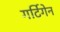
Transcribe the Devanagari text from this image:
गर्टिगेन